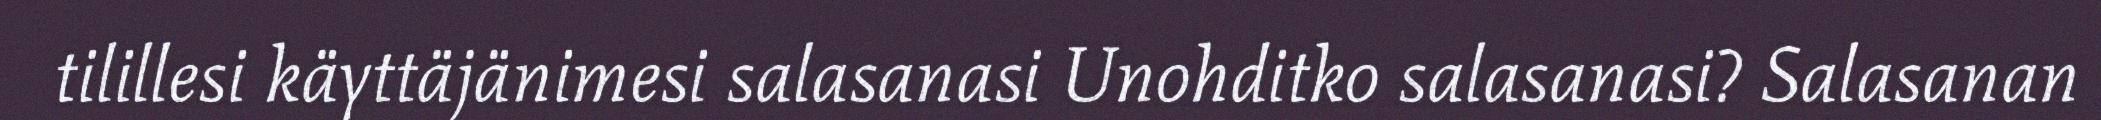
tilillesi käyttäjänimesi salasanasi Unohditko salasanasi? Salasanan